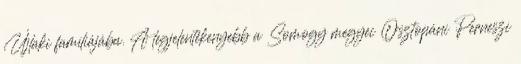
Újlaki famíliájába. A legjelentékenyebb a Somogy megyei Osztopáni Perneszi